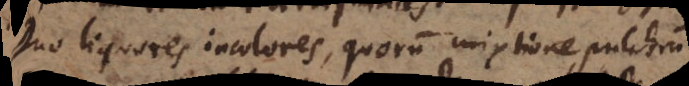
Duo liquores incolores, quorum mixtione pulchrum